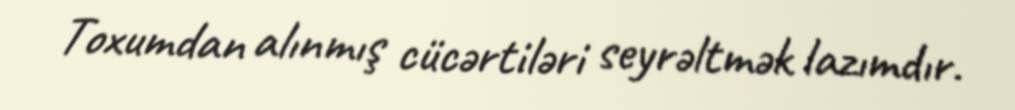
Toxumdan alınmış cücərtiləri seyrəltmək lazımdır.